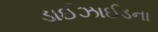
ડાઈઝાઈડના